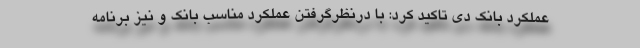
عملكرد بانك دي تاكيد كرد: با درنظرگرفتن عملکرد مناسب بانک و نیز برنامه